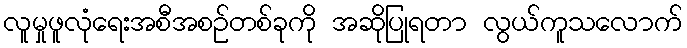
လူမှုဖူလုံရေးအစီအစဉ်တစ်ခုကို အဆိုပြုရတာ လွယ်ကူသလောက်